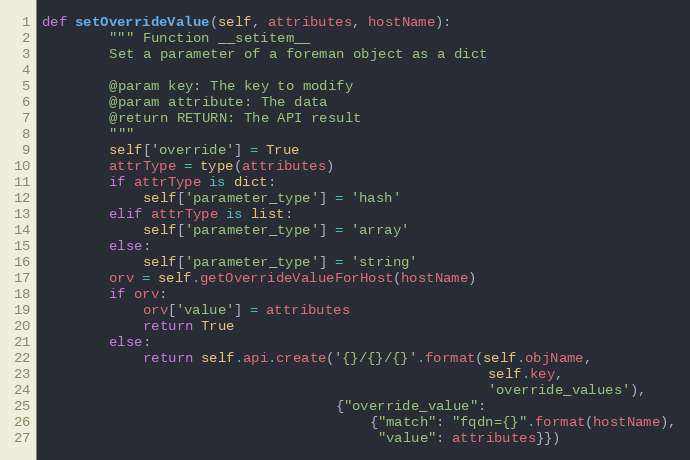
Language: Python
def setOverrideValue(self, attributes, hostName):
        """ Function __setitem__
        Set a parameter of a foreman object as a dict

        @param key: The key to modify
        @param attribute: The data
        @return RETURN: The API result
        """
        self['override'] = True
        attrType = type(attributes)
        if attrType is dict:
            self['parameter_type'] = 'hash'
        elif attrType is list:
            self['parameter_type'] = 'array'
        else:
            self['parameter_type'] = 'string'
        orv = self.getOverrideValueForHost(hostName)
        if orv:
            orv['value'] = attributes
            return True
        else:
            return self.api.create('{}/{}/{}'.format(self.objName,
                                                     self.key,
                                                     'override_values'),
                                   {"override_value":
                                       {"match": "fqdn={}".format(hostName),
                                        "value": attributes}})